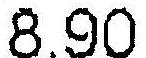
8.90